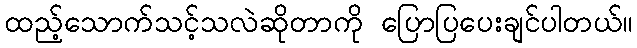
ထည့်သောက်သင့်သလဲဆိုတာကို ပြောပြပေးချင်ပါတယ်။